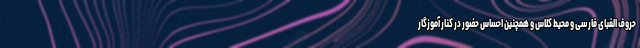
حروف الفبای فارسی و محیط کلاس و همچنین احساس حضور در کنار آموزگار